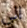
الى